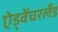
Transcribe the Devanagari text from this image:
ऐड्वेंचरलैंड